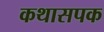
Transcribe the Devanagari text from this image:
कथासपक